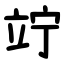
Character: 竚